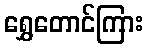
ရွှေတောင်ကြား